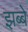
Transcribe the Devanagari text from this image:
झब्बे